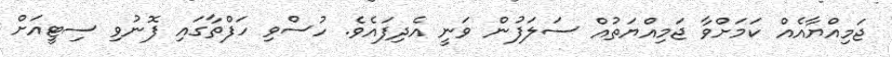
ޖަމިއްޔާއެއް ކަމަށްވާ ޖަމިއްޔަތުއް ސަލަފުން ވަނީ އެދިފައެވެ. ހުސްވި ހަފްތާގައި ފޮނުވި ސިޓީއަށް